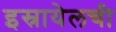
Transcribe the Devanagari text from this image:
इस्रायेलची